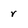
Character: r